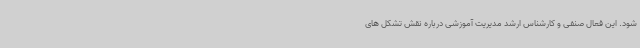
شود. این فعال صنفی و کارشناس ارشد مدیریت آموزشی درباره نقش تشکل های